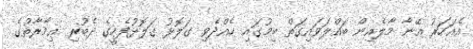
އެއަހަރު އޭނާ މާލެއިން ބައްލަވައިގަތް ބިމުގައި ހެއްދެވި ގަލޮޅު ގަލޮޅުފެހީގެ ދެބުރި ޢިމާރާތުގެ